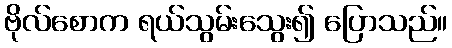
ဗိုလ်စောက ရယ်သွမ်းသွေး၍ ပြောသည်။